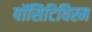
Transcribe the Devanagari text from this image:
पॉसिटिविस्म